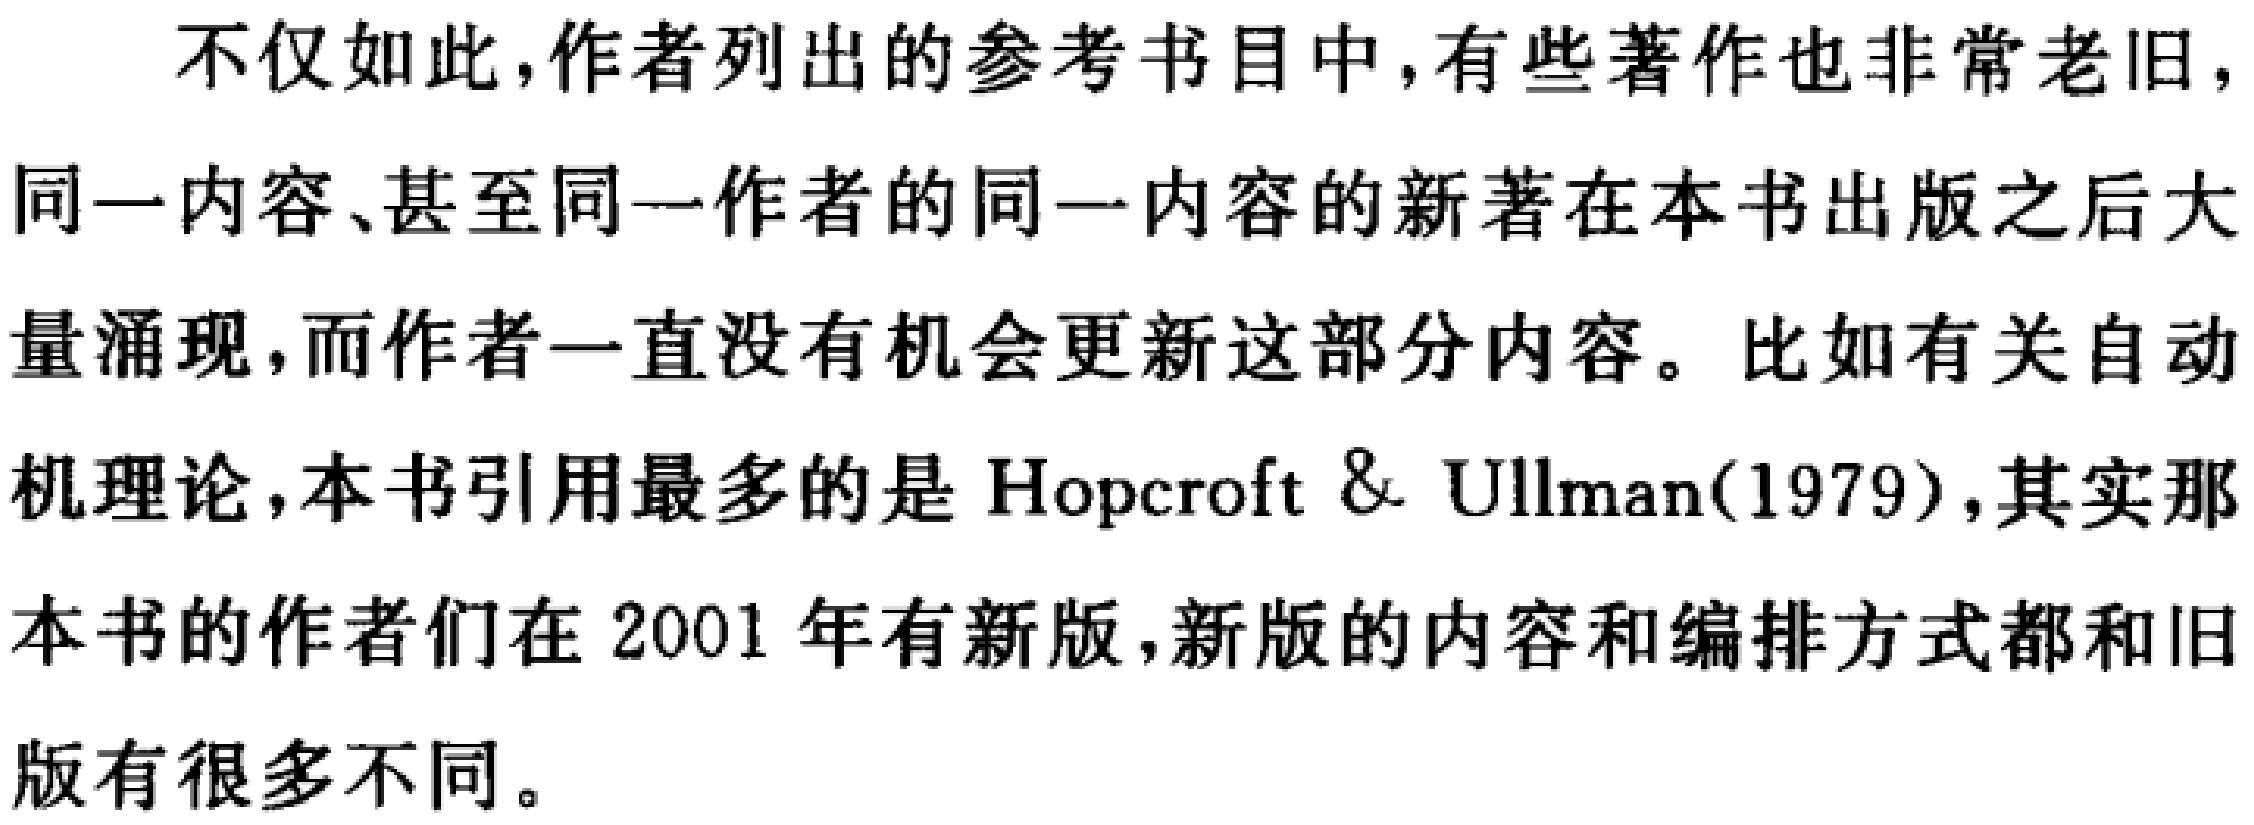
不仅如此,作者列出的参考书目中,有些著作也非常老旧,同一内容、甚至同一作者的同一内容的新著在本书出版之后大量涌现,而作者一直没有机会更新这部分内容。比如有关自动机理论,本书引用最多的是 Hopcroft \& Ullman(1979),其实那本书的作者们在 2001 年有新版,新版的内容和编排方式都和旧版有很多不同。